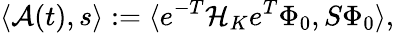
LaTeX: \langle\mathcal{A}(t),s\rangle:=\langle e^{-T}\mathcal{H}_{K}e^{T}\Phi_{0},S\Phi_{0}\rangle,